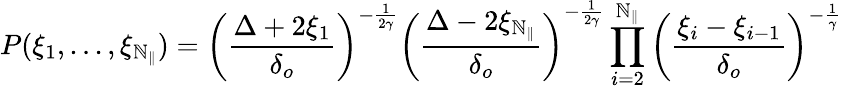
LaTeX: P(\xi_{1},...,\xi_{\mathbb{N}_{\parallel}})=\left(\frac{{\Delta+2\xi_{1}}}{{\delta_{o}}}\right)^{-\frac{{1}}{{2\gamma}}}\left(\frac{{\Delta-2\xi_{\mathbb{N}_{\parallel}}}}{{\delta_{o}}}\right)^{-\frac{{1}}{{2\gamma}}}\prod_{i=2}^{\mathbb{N}_{\parallel}}\left(\frac{{\xi_{i}-\xi_{i-1}}}{{\delta_{o}}}\right)^{-\frac{{1}}{{\gamma}}}